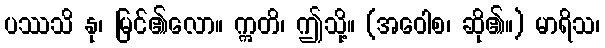
ပဿသိ နု၊ မြင်၏လော။ ဣတိ၊ ဤသို့။ (အဝေါစ၊ ဆို၏။) မာရိသ၊